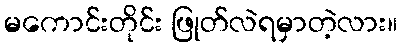
မကောင်းတိုင်း ဖြုတ်လဲရမှာတဲ့လား။